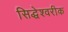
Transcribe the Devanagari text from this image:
सिद्धेश्‍वरीक